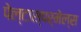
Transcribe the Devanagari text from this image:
पेल्टास्पर्मेल्स